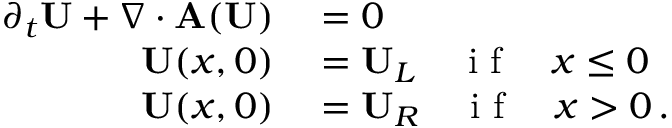
\begin{array} { r l } { \partial _ { { t } } { \bf U } + \nabla \cdot { \bf A } ( { \bf U } ) } & { { } = 0 } \\ { { \bf U } ( x , 0 ) } & { { } = { \bf U } _ { L } \quad \textrm { i f } \quad x \leq 0 } \\ { { \bf U } ( x , 0 ) } & { { } = { \bf U } _ { R } \quad \textrm { i f } \quad x > 0 \, . } \end{array}